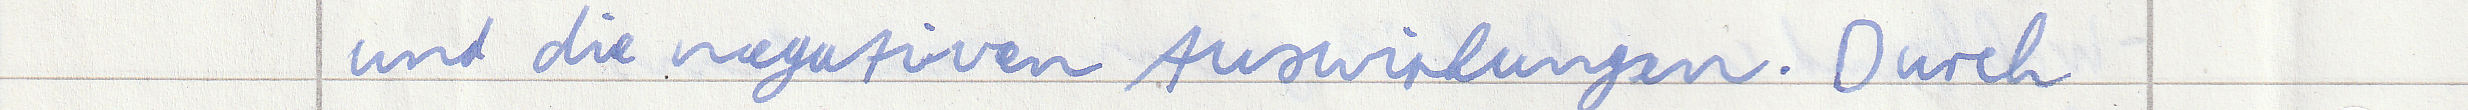
und die negativen Auswirkungen. Durch